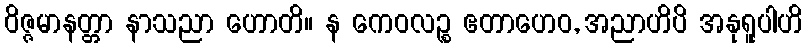
ဝိဇ္ဇမာနတ္တာ နာသညာ ဟောတိ။ န ကေဝလဉ္စ ဧတာဟေဝ, အညာဟိပိ အနုရူပါဟိ